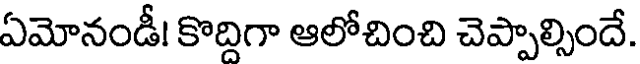
ఏమోనండీ! కొద్దిగా ఆలోచించి చెప్పాల్సిందే.